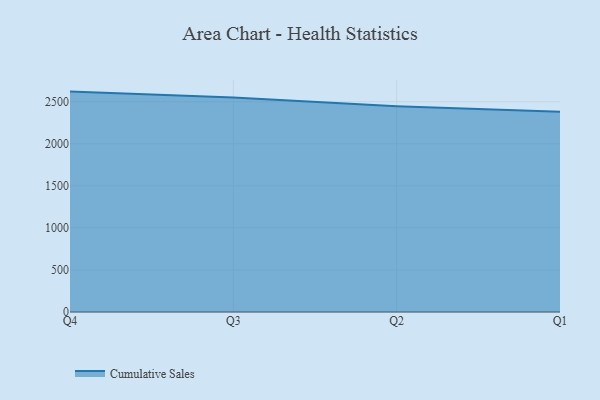
{"axis": {"x": "Quarter", "y": "Shipments"}, "legend": ["Cumulative Sales"], "data": [{"x": "Q4", "y": 2620.5, "type": "Cumulative Sales"}, {"x": "Q3", "y": 2549.4, "type": "Cumulative Sales"}, {"x": "Q2", "y": 2445.2, "type": "Cumulative Sales"}, {"x": "Q1", "y": 2380.8, "type": "Cumulative Sales"}]}